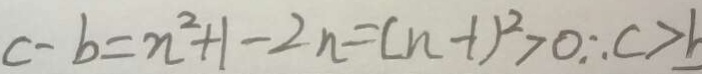
c - b = n ^ { 2 } + 1 - 2 n = ( n - 1 ) ^ { 2 } > 0 \therefore c > b